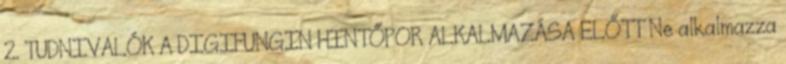
2. TUDNIVALÓK A DIGIFUNGIN HINTŐPOR ALKALMAZÁSA ELŐTT Ne alkalmazza